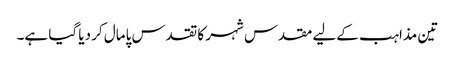
تین مذاہب کےلیے مقدس شہر کا تقدس پامال کر دیا گیا ہے۔